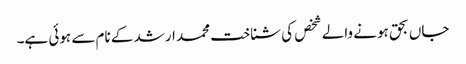
جاں بحق ہونے والے شخص کی شناخت محمد ارشد کے نام سے ہوئی ہے۔